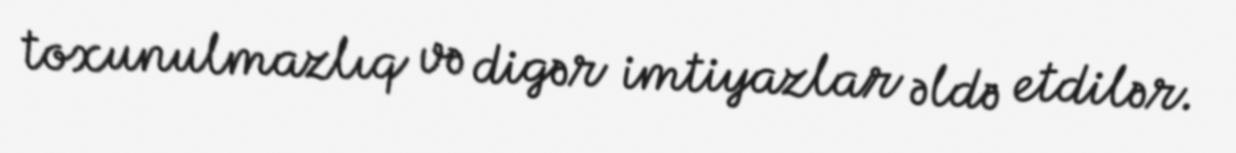
toxunulmazlıq və digər imtiyazlar əldə etdilər.